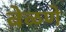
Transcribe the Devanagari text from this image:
बेळणे